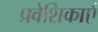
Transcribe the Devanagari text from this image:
प्रवेशिकाएँ